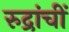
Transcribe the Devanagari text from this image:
रुद्रांचीं